Problem: 2 × 2 = ?
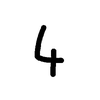
Handwritten answer: 4